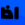
اذا